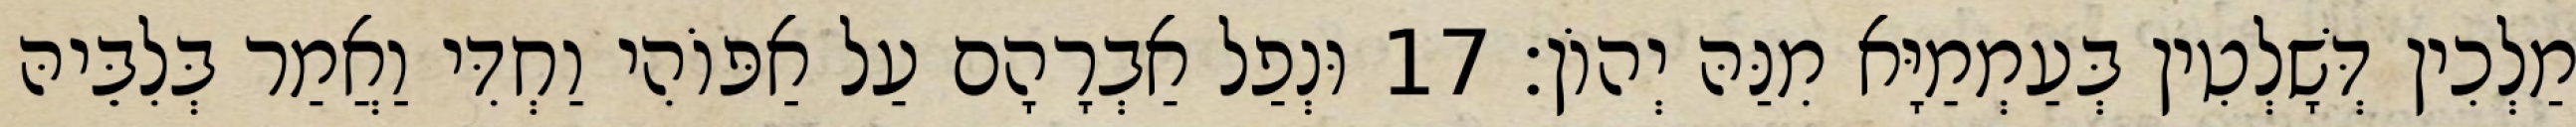
מַלְכִין דְּשָׁלְטִין בְּעַמְמַיָּא מִנַּהּ יְהוֹן׃ 17 וּנְפַל אַבְרָהָם עַל אַפּוֹהִי וַחְדִּי וַאֲמַר בְּלִבֵּיהּ